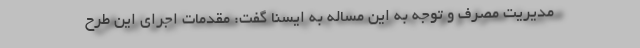
مدیریت مصرف و توجه به این مساله به ایسنا گفت: مقدمات اجرای این طرح